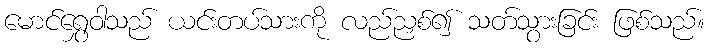
မောင်ရွှေဝါသည် ယင်းတပ်သားကို လည်ညှစ်၍ သတ်သွားခြင်း ဖြစ်သည်။